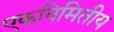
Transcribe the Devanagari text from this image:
एकविमितीय